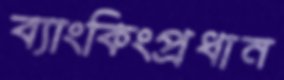
ব্যাংকিংপ্রধান